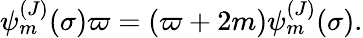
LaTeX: \psi_{m}^{(J)}(\sigma)\varpi=(\varpi+2m)\psi_{m}^{(J)}(\sigma).